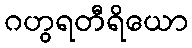
ဂဟွရတီရိယော